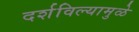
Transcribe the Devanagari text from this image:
दर्शविल्यामुळे